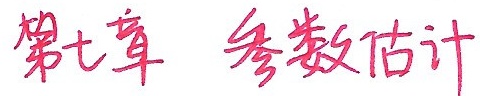
第七章 参数估计